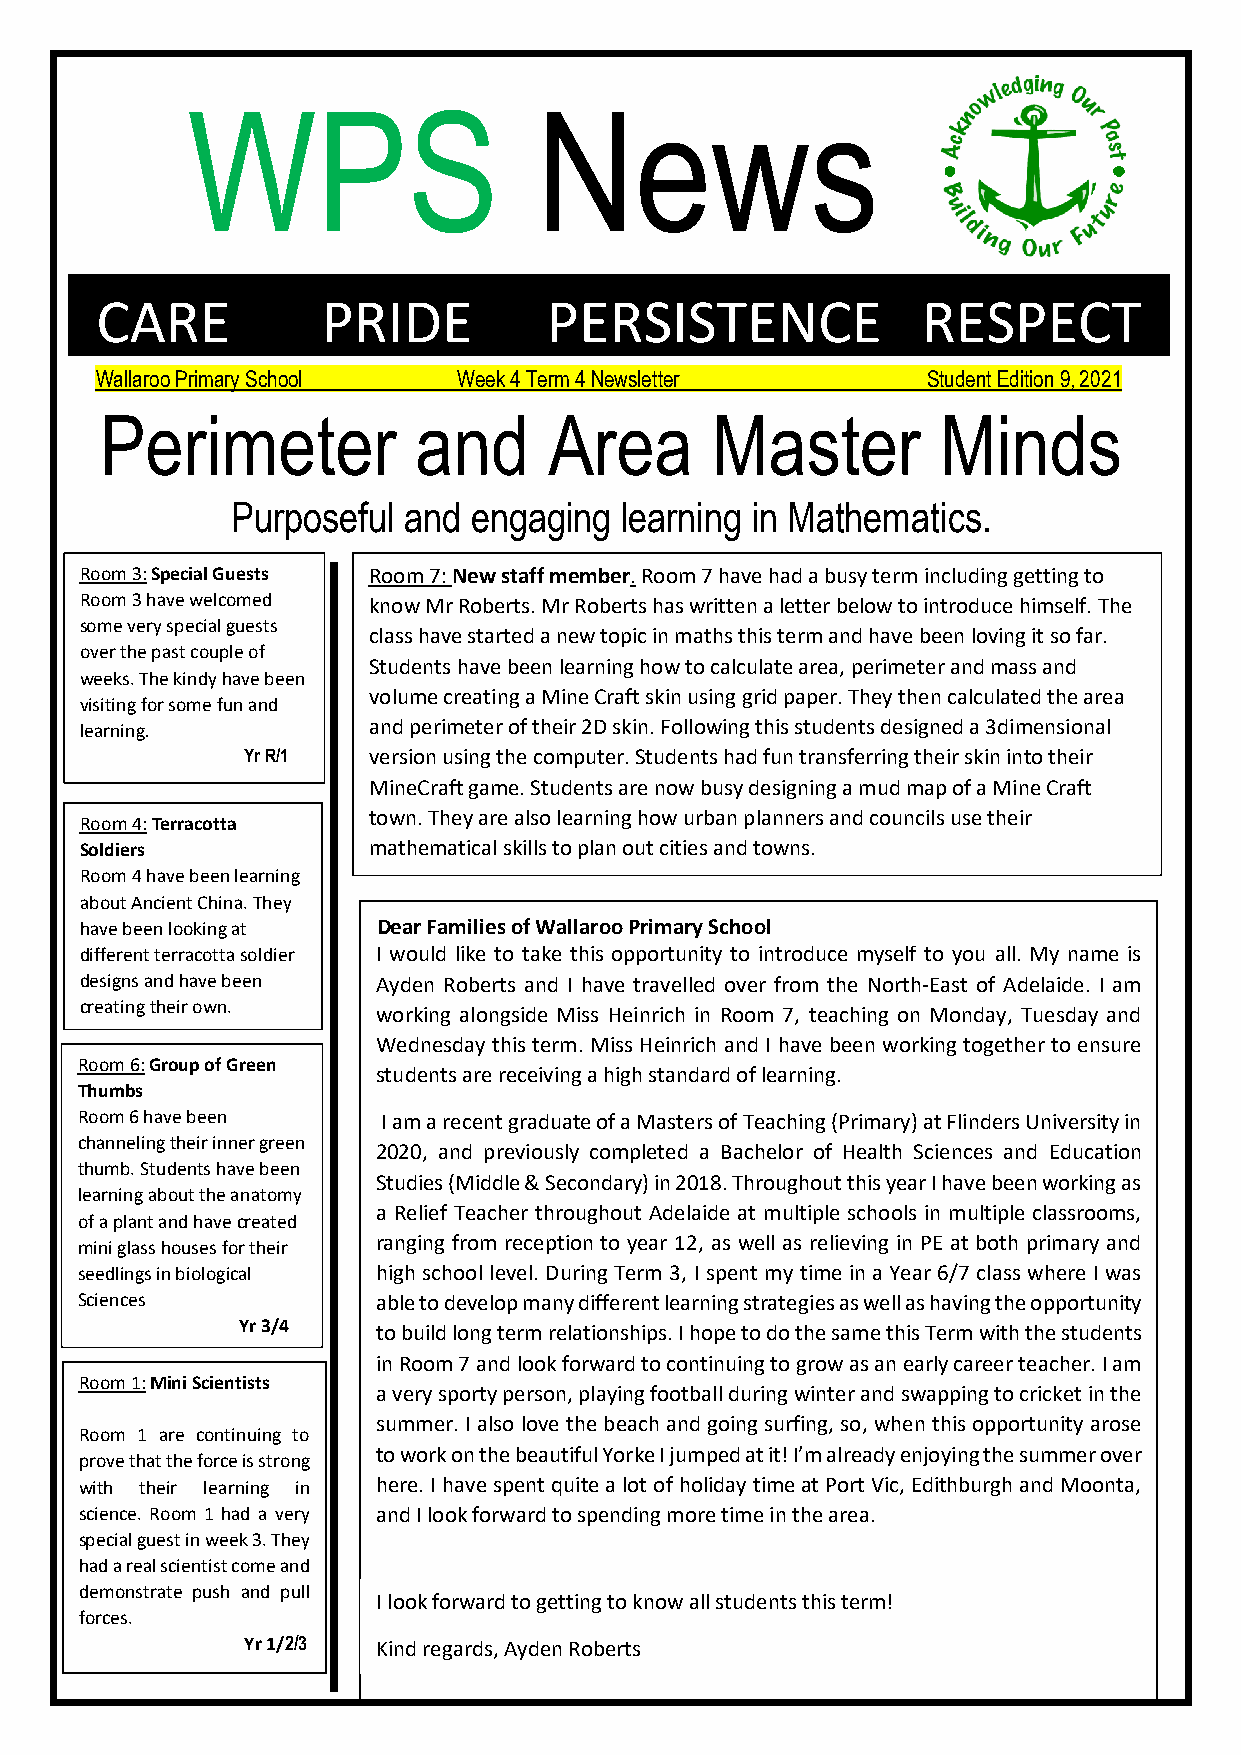
WPS                     News
 CARE           PRIDE          PERSISTENCE              RESPECT
 Wallaroo Primary School Week 4 Term 4 Newsletter       Student Edition 9, 2021
 Perimeter           and      Area       Master         Minds
 Purposeful  and engaging  learning in Mathematics.
 Room 3: Special Guests Room 7: New staff member. Room 7 have had a busy term including getting to
 Room 3 have welcomed know Mr Roberts. Mr Roberts has written a letter below to introduce himself. The
 some very special guests
 class have started a new topic in maths this term and have been loving it so far.
 over the past couple of
 Students have been learning how to calculate area, perimeter and mass and
 weeks. The kindy have been
 visiting for some fun and
 volume creating a Mine Craft skin using grid paper. They then calculated the area
 learning.          and perimeter of their 2D skin. Following this students designed a 3dimensional
 Yr R/1  version using the computer. Students had fun transferring their skin into their
 MineCraft game. Students are now busy designing a mud map of a Mine Craft
 town. They are also learning how urban planners and councils use their
 Room 4: Terracotta
 Soldiers           mathematical skills to plan out cities and towns.
 Room 4 have been learning
 about Ancient China. They
 have been looking at Dear Families of Wallaroo Primary School
 different terracotta soldier I would like to take this opportunity to introduce myself to you all. My name is
 designs and have been Ayden Roberts and I have travelled over from the North-East of Adelaide. I am
 creating their own.
 working alongside Miss Heinrich in Room 7, teaching on Monday, Tuesday and
 Yr 6/7
 Wednesday this term. Miss Heinrich and I have been working together to ensure
 Room 6: Group of Green
 students are receiving a high standard of learning.
 Thumbs
 Room 6 have been    I am a recent graduate of a Masters of Teaching (Primary) at Flinders University in
 channeling their inner green
 2020, and previously completed a Bachelor of Health Sciences and Education
 thumb. Students have been
 Studies (Middle & Secondary) in 2018. Throughout this year I have been working as
 learning about the anatomy
 a Relief Teacher throughout Adelaide at multiple schools in multiple classrooms,
 of a plant and have created
 mini glass houses for their ranging from reception to year 12, as well as relieving in PE at both primary and
 seedlings in biological high school level. During Term 3, I spent my time in a Year 6/7 class where I was
 Sciences            able to develop many different learning strategies as well as having the opportunity
 Yr 3/4   t o build long term relationships. I hope to do the same this Term with the students
 in Room 7 and look forward to continuing to grow as an early career teacher. I am
 Room 1: Mini Scientists
 a very sporty person, playing football during winter and swapping to cricket in the
 summer. I also love the beach and going surfing, so, when this opportunity arose
 Room 1 are continuing to
 to work on the beautiful Yorke I jumped at it! I’m already enjoying the summer over
 prove that the force is strong
 with their learning in here. I have spent quite a lot of holiday time at Port Vic, Edithburgh and Moonta,
 science. Room 1 had a very and I look forward to spending more time in the area.
 special guest in week 3. They
 had a real scientist come and
 demonstrate push and pull
 I look forward to getting to know all students this term!
 forces.
 Yr 1/2/3 Kind regards, Ayden Roberts